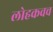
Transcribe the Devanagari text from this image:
लोहकवच